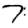
Digit: 7